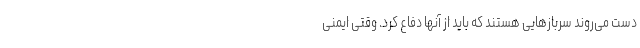
دست می‌روند سربازهایی هستند که باید از آنها دفاع کرد. وقتی ایمنی